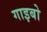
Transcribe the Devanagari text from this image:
गाइबो